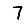
Digit: 7